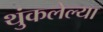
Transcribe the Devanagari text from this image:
थुंकलेल्या